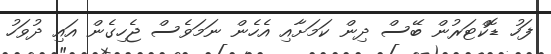
ފަހު ޑޮކްޓަރުން ބޭސް ދިން ކަމަށާއި އެހެން ނަމަވެސް ޖެހިގެން އައި ދުވަހު